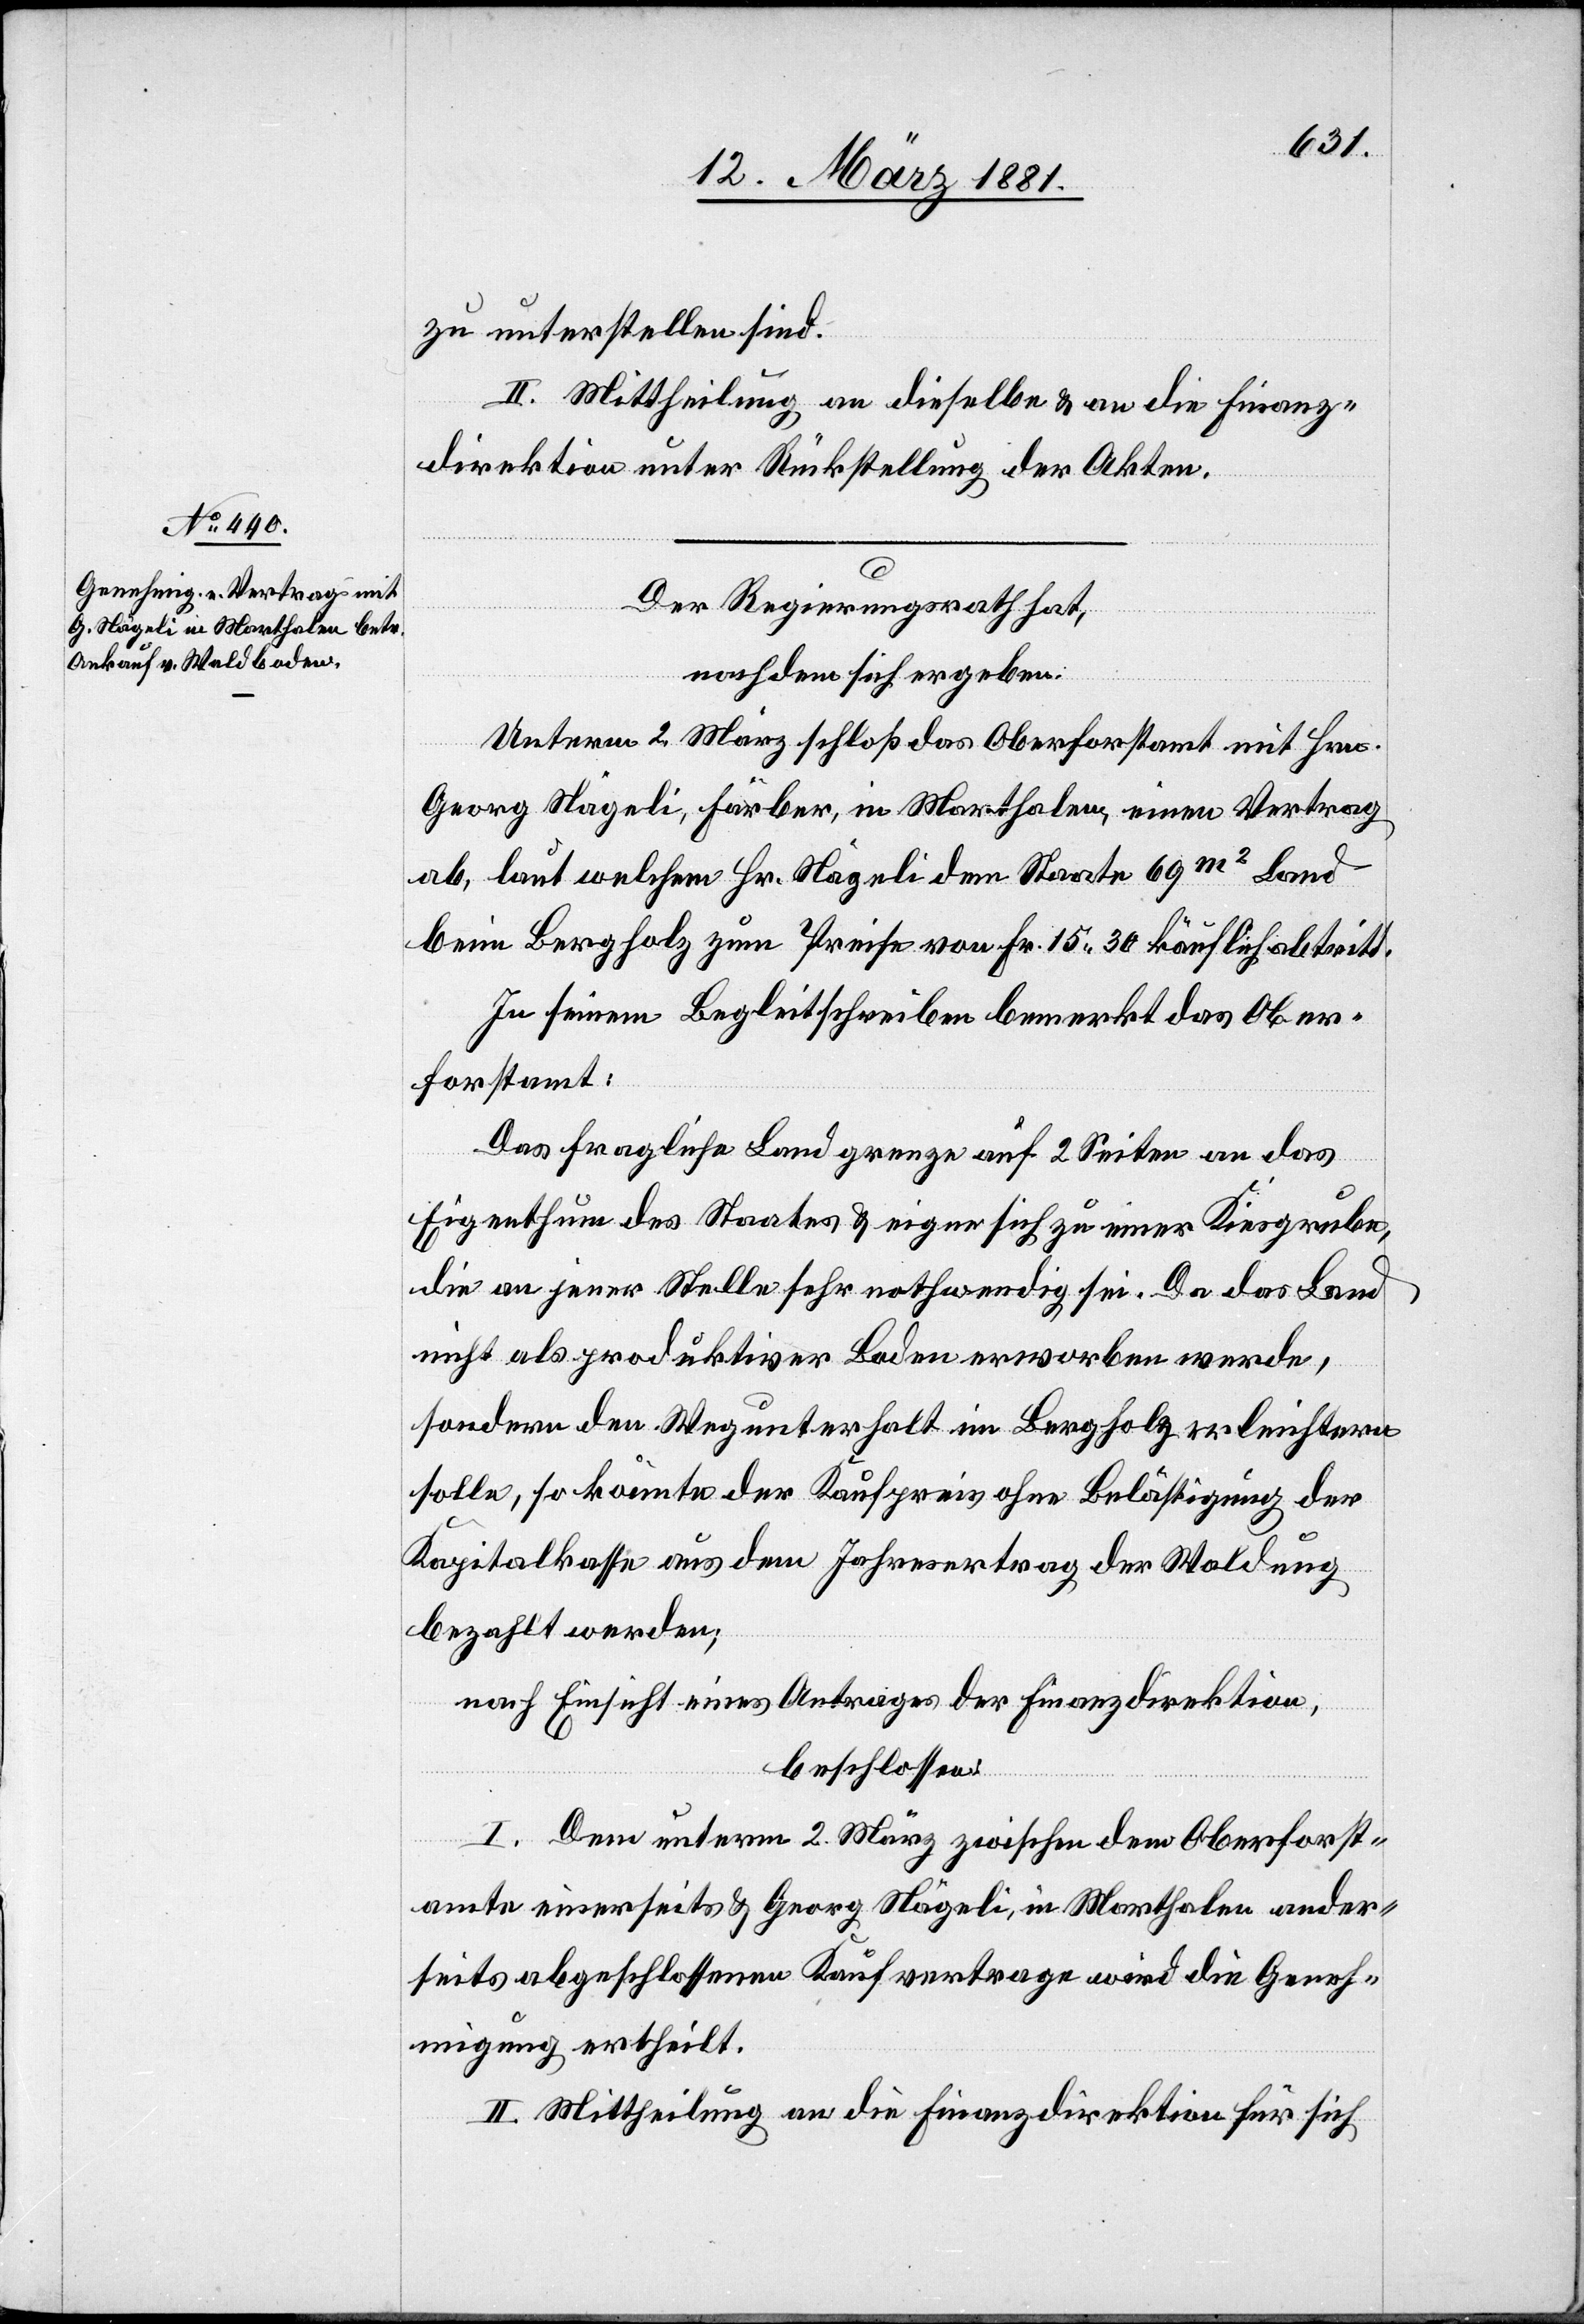
zu unterstellen sind.
II. Mittheilung an dieselbe & an die Finanz¬
direktion unter Rückstellung der Akten.
Der Regierungsrath hat,
nachdem sich ergeben.
Unterm 2. März schloß das Oberforstamt mit Hrn.
Georg Nägeli, Färber, in Marthalen, einen Vertrag
ab, laut welchem Hr. Nägeli dem Staate 69 m2 Land
beim Bergholz zum Preise von Fr. 15 30 käuflich abtritt.
In seinem Begleitschreiben bemerkt das Ober¬
forstamt:
Das fragliche Land grenze auf 2 Seiten an das
Eigenthum des Staates & eigne sich zu einer Kiesgrube,
die an jener Stelle sehr nothwendig sei. Da das Land
nicht als produktiver Boden erworben wurde,
sondern den Wegunterhalt im Bergholz erleichtern
solle, so könnte der Kaufpreis ohne Belästigung der
Kapitalkasse aus dem Jahresertrag der Waldung
bezahlt werden;
nach Einsicht eines Antrage der Finanzdirektion,
beschlossen:
I. Dem unterm 2. März zwischen dem Oberforst¬
amte einerseits & Georg Nägeli, in Marthalen ander¬
seits abgeschlossenen Kaufvertrage wird die Geneh¬
migung ertheilt.
II. Mittheilung an die Finanzdirektion für sich